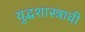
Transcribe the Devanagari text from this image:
युद्धशास्त्राची